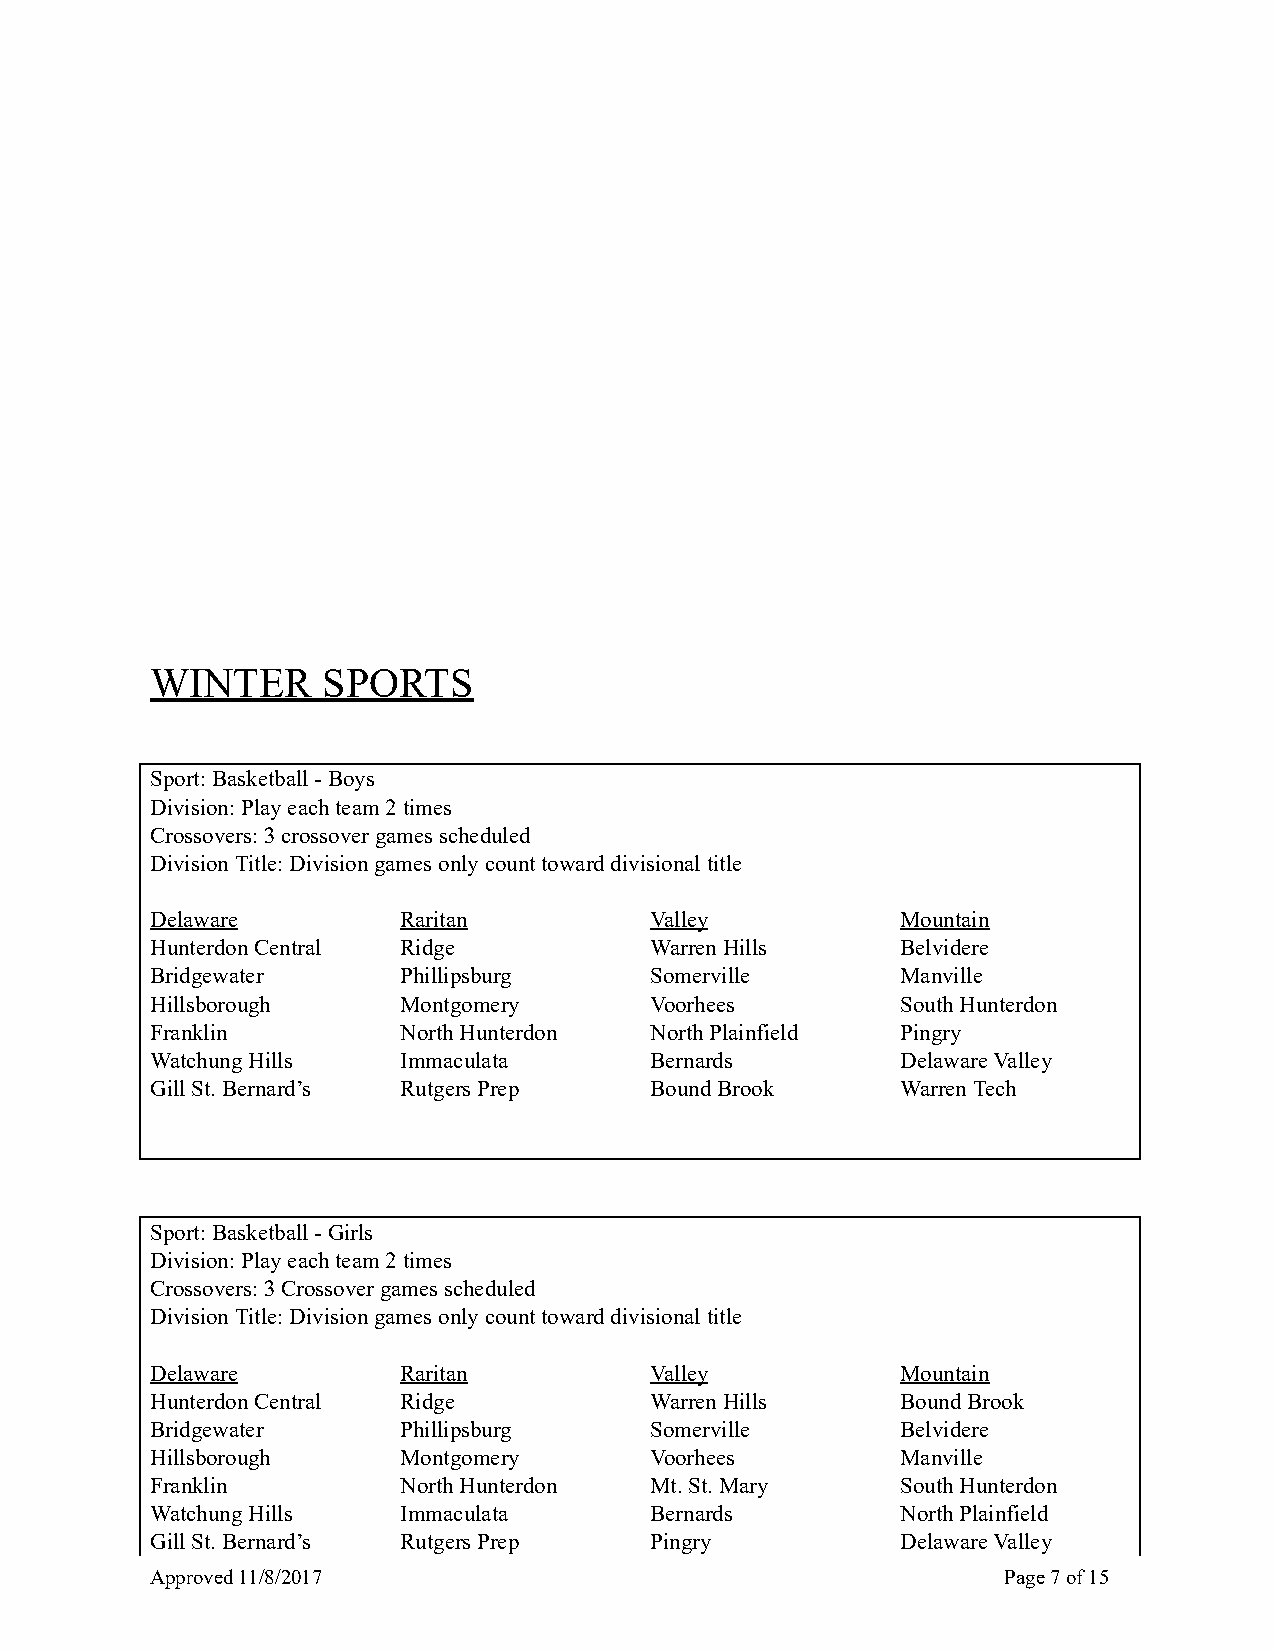
WINTER     SPORTS
 Sport: Basketball - Boys
 Division: Play each team 2 times
 Crossovers: 3 crossover games scheduled
 Division Title: Division games only count toward divisional title
 Delaware        Raritan          Valley           Mountain
 Hunterdon Central Ridge          Warren Hills     Belvidere
 Bridgewater     Phillipsburg     Somerville       Manville
 Hillsborough    Montgomery       Voorhees         South Hunterdon
 Franklin        North Hunterdon  North Plainfield Pingry
 Watchung Hills  Immaculata       Bernards         Delaware Valley
 Gill St. Bernard’s Rutgers Prep  Bound Brook      Warren Tech
 Sport: Basketball - Girls
 Division: Play each team 2 times
 Crossovers: 3 Crossover games scheduled
 Division Title: Division games only count toward divisional title
 Delaware        Raritan          Valley           Mountain
 Hunterdon Central Ridge          Warren Hills     Bound Brook
 Bridgewater     Phillipsburg     Somerville       Belvidere
 Hillsborough    Montgomery       Voorhees         Manville
 Franklin        North Hunterdon  Mt. St. Mary     South Hunterdon
 Watchung Hills  Immaculata       Bernards         North Plainfield
 Gill St. Bernard’s Rutgers Prep  Pingry           Delaware Valley
 Approved 11/8/2017                                      Page 7 of 15